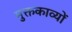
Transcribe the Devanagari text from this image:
मुक्तकाव्यों